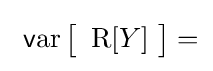
\ \operatorname {{\mathsf {v}}ar} {\bigl [}\ \operatorname {R} [Y]\ {\bigr ]}=